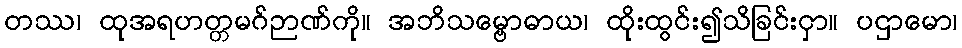
တဿ၊ ထုအရဟတ္တမဂ်ဉာဏ်ကို။ အဘိသမ္ဗောဓာယ၊ ထိုးထွင်း၍သိခြင်းငှာ။ ပဌာမော၊